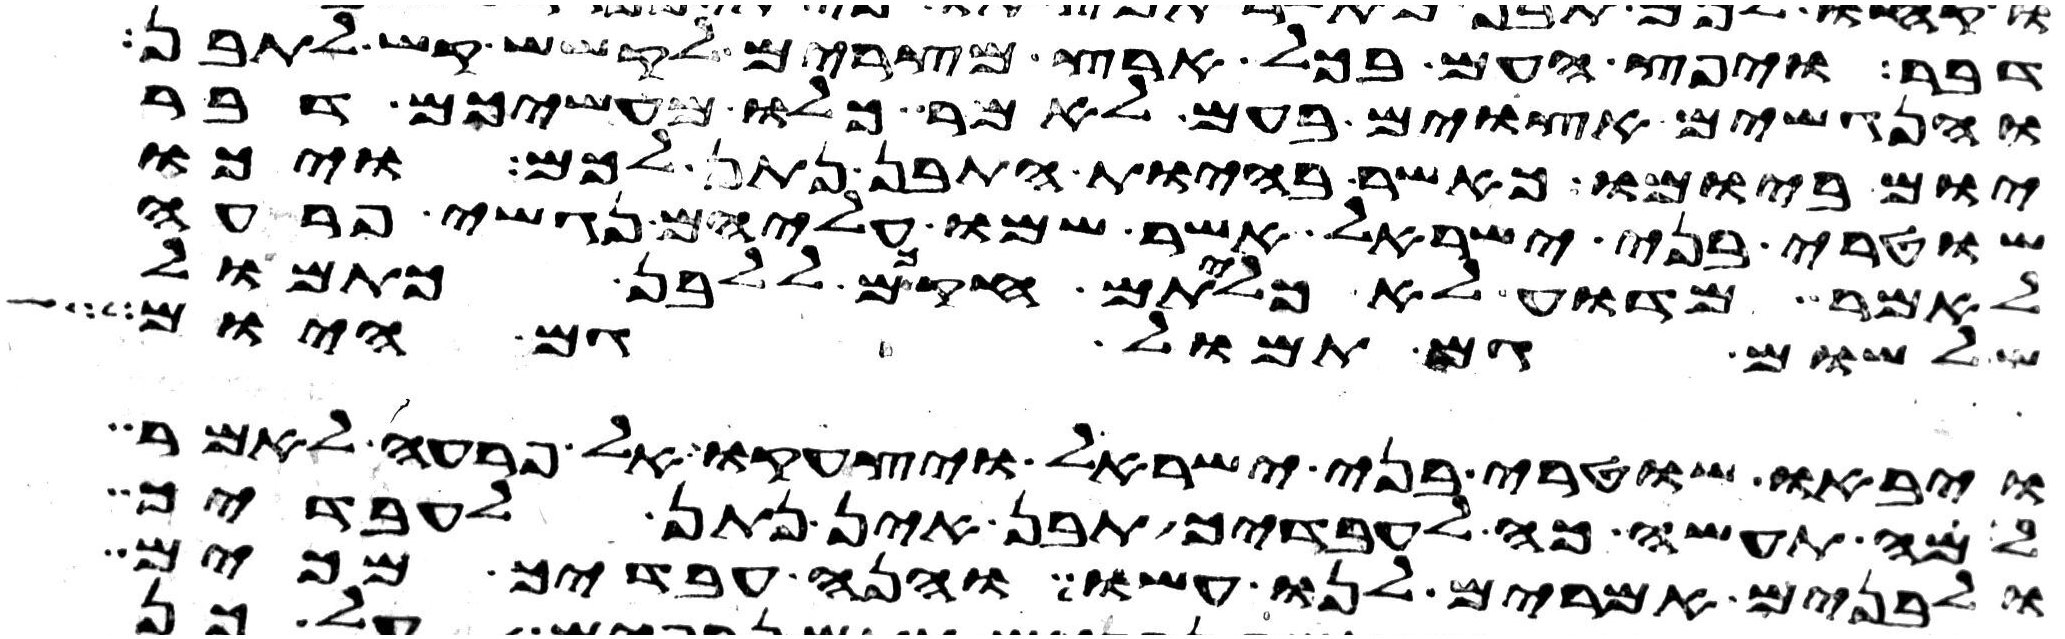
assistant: דבר ויפץ העם בכל ארץ מצרים לקשש קש לתבן
והנגשים אצוים בעם לאמר כלו מעשיכם דבר
יום ביומו כאשר בהיות התבן נתן לכם ויכו
שוטרי בני ישראל אשר שמו עליהם נגשי פרעה
לאמר מדוע לא כליתם חקכם ללבן כתמול
שלשום גם תמול גם היום
ויבאו שוטרי בני ישראל ויצעקו אל פרעה לאמר
למה תעשה כה לעבדיך תבן אין נתן לעבדיך
ולבנים אמרים לנו עשו והנה עבדיך מכים